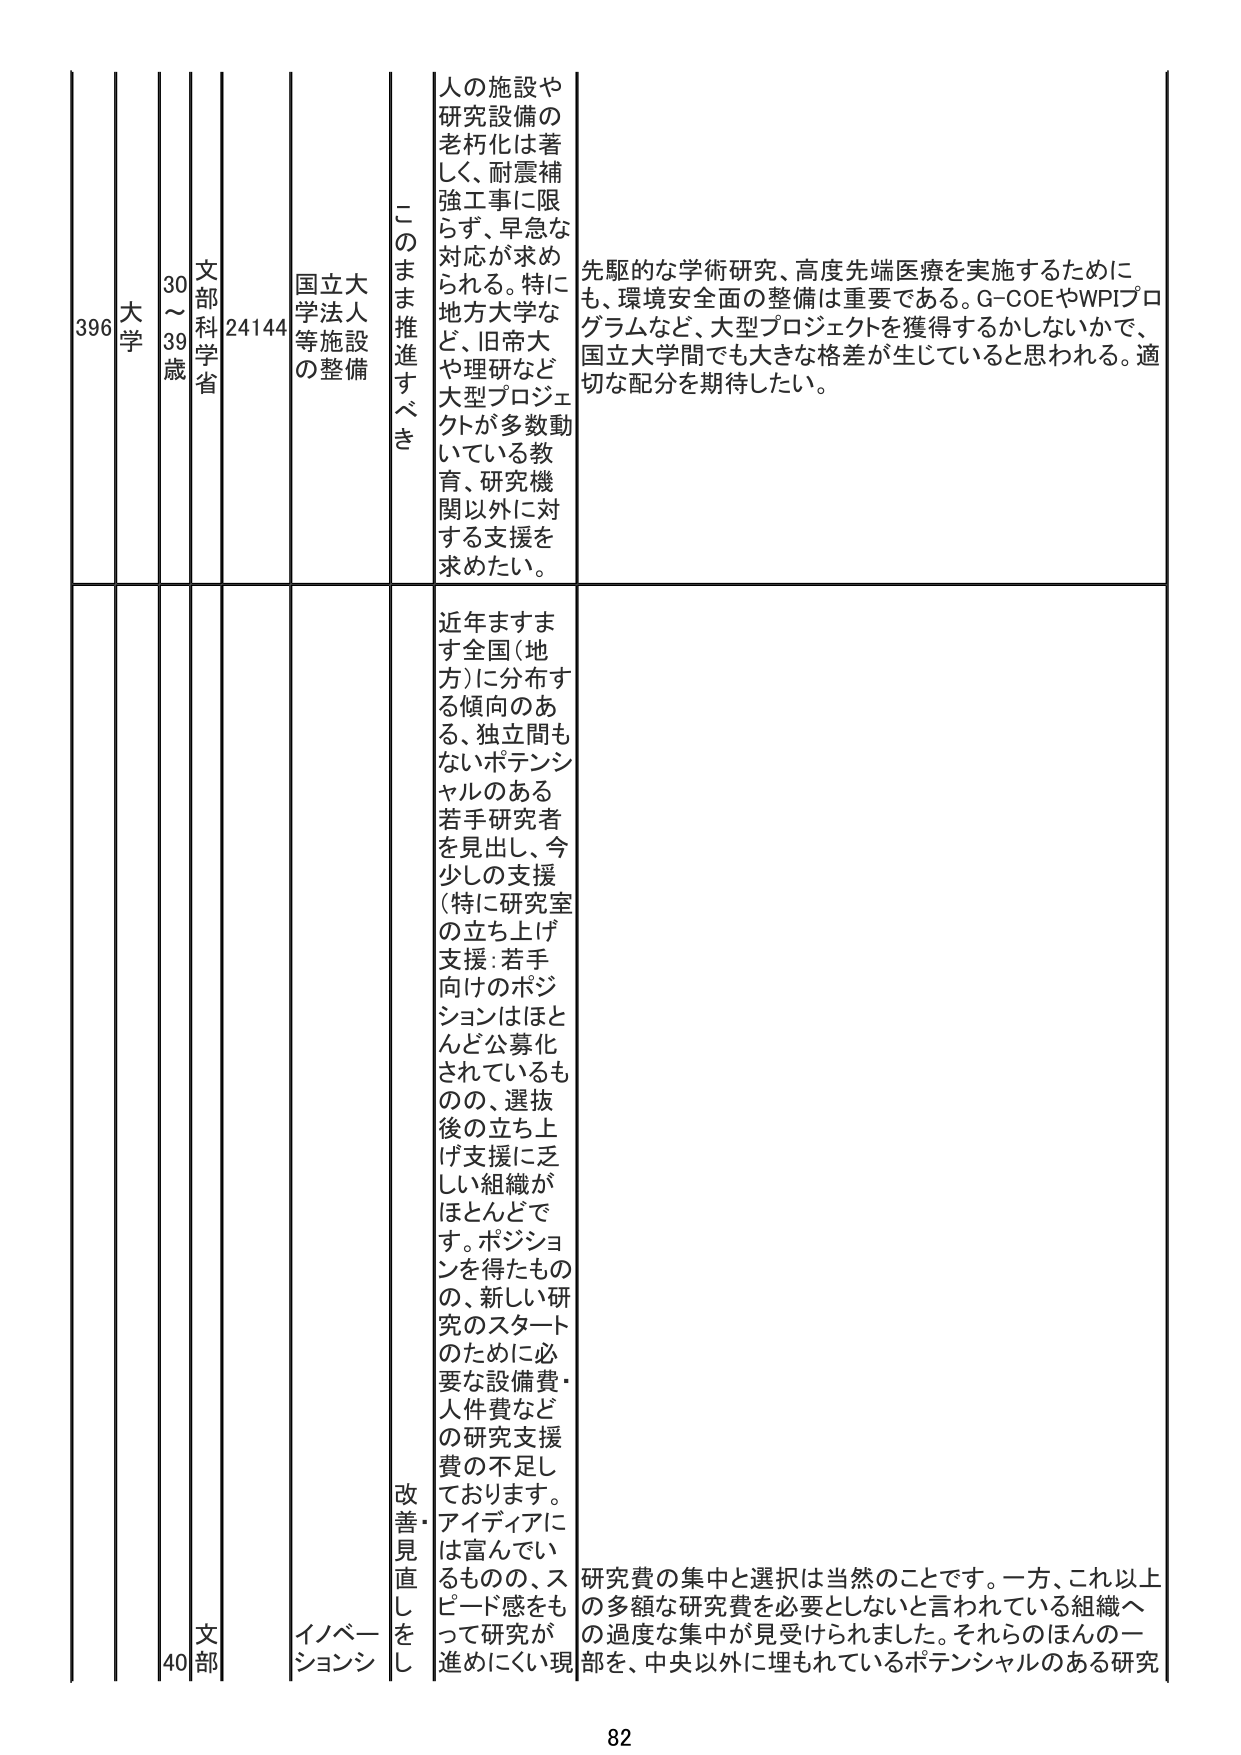
396 大学 30～39歳 文部科学省 24144 国立大学法人等施設の整備 このまま推進すべき 人の施設や研究設備の老朽化は著しく、耐震補強工事に限らず、早急な対応が求められる。特に地方大学など、旧帝大や理研など大型プロジェクトが多数動いている教育、研究機関以外に対する支援を求めたい。 先駆的な学術研究、高度先端医療を実施するためにも、環境安全面の整備は重要である。G-COEやWPIプログラムなど、大型プロジェクトを獲得するかしないかで、国立大学間でも大きな格差が生じていると思われる。適切な配分を期待したい。 近年ますます全国（地方）に分布する傾向のある、独立間もないポテンシャルのある若手研究者を見出し、今少しの支援（特に研究室の立ち上げ支援：若手向けのポジションはほとんど公募化されているものの、選抜後の立ち上げ支援に乏しい組織がほとんどです。ポジションを得たものの、新しい研究のスタートのために必要な設備費・人件費などの研究支援費の不足しております。アイディアには富んでいるものの、スピード感をもって研究が進みにくい現 改善・見直しを イノベーションシ 40 文部 研究費の集中と選択は当然のことです。一方、これ以上の多額な研究費を必要としないと言われている組織への過度な集中が見受けられました。それらのほんの一部を、中央以外に埋もれているポテンシャルのある研究 82